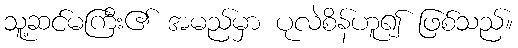
သူ့ဆင်မကြီး၏ အမည်မှာ ပုလဲစိန်ဟူ၍ ဖြစ်သည်။